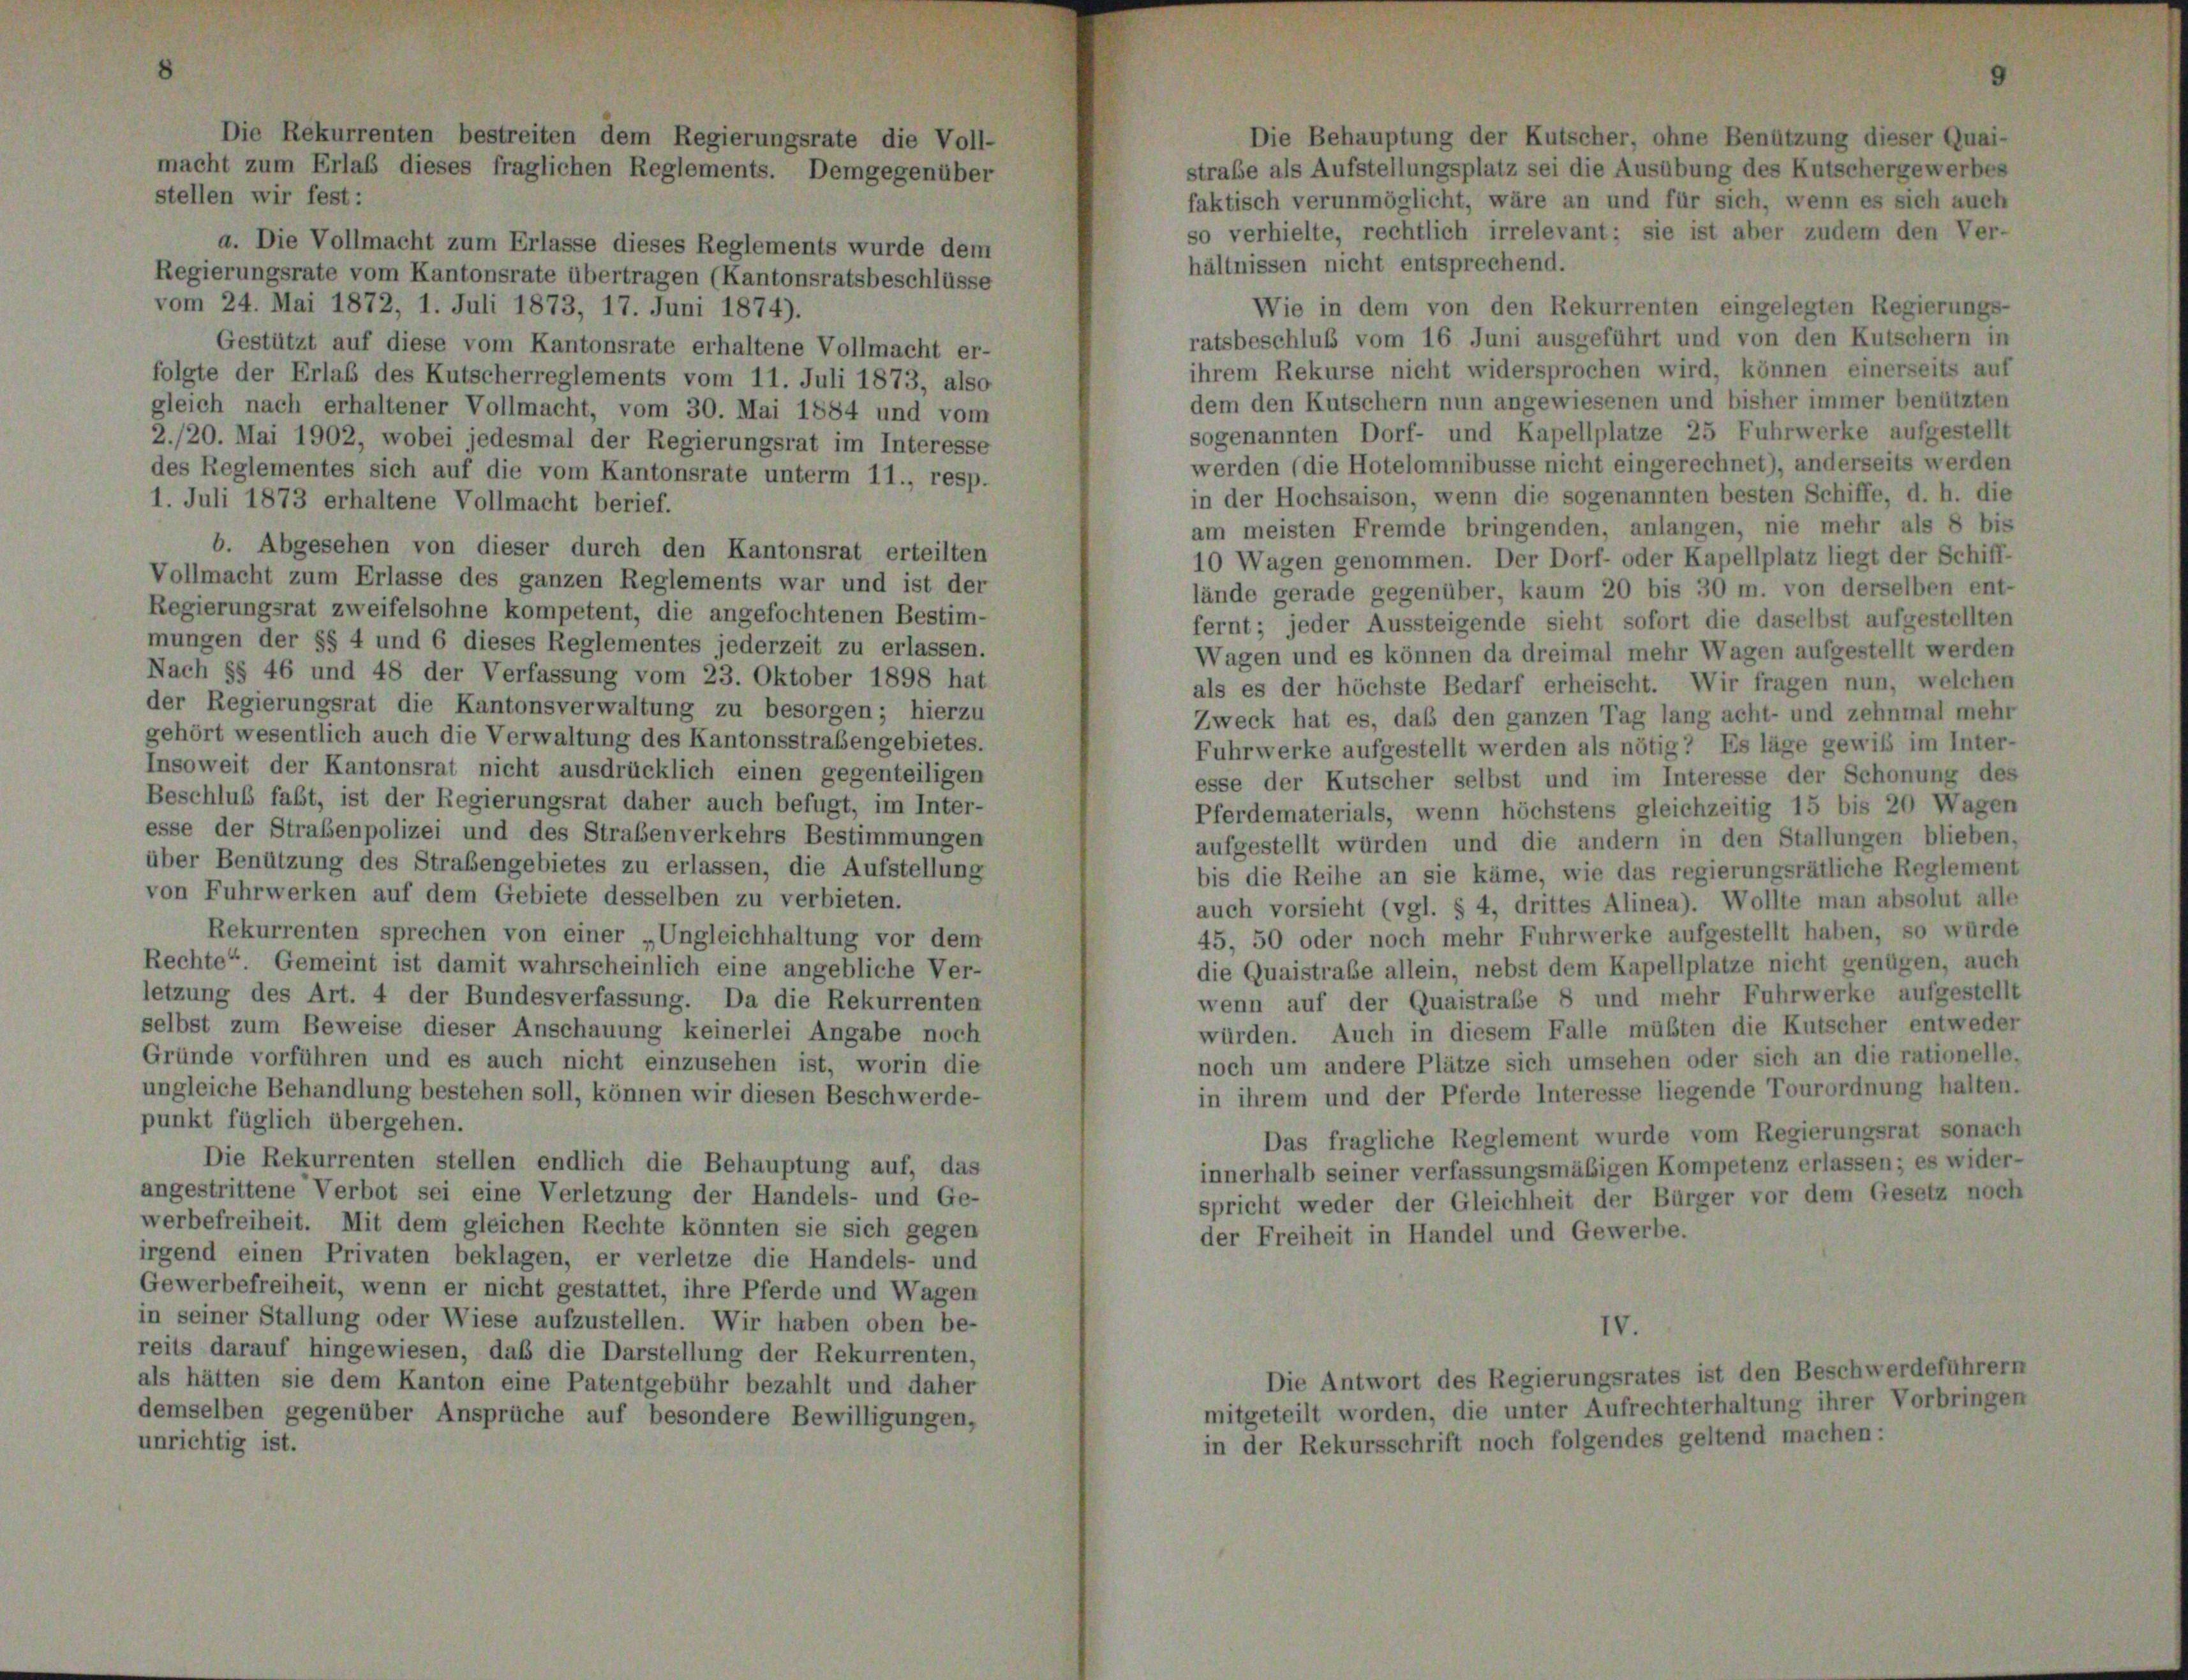
Die Behauptung der Kutscher, ohne Benützung dieser Quai-
strabe als Aufstellungsplatz sei die Ausübung des Kutschergewerbes
faktisch verunmöglicht, wäre an und für sich, wenn es sich auch
so verhielte, rechtlich irrelevant: sie ist aber zudem den Ver-
a. Die Vollmacht zum Erlasse dieses Reglements wurde dem
hältnissen nicht entsprechend.
Regierungsrate vom Kantonsrate übertragen (Kantonsratsbeschlüsse
vom 24. Mai 1872, 1. Juli 1873, 17. Juni 1874).
Wie in dem von den Rekurrenten eingelegten Regierungs-
ratsbeschluß vom 16 Juni ausgeführt und von den Kutschern in
Gestützt auf diese vom Kantonsrate erhaltene Vollmacht er-
ihrem Rekurse nicht widersprochen wird, können einerseits auf
folgte der Erlaß des Kutscherreglements vom 11. Juli 1873, also
dem den Kutschern nun angewiesenen und bisher immer benützten
gleich nach erhaltener Vollmacht, vom 30. Mai 1884 und vom
sogenannten Dorf- und Kapellplatze 25 Fuhrwerke aufgestellt
2./20. Mai 1902, wobei jedesmal der Regierungsrat im Interesse
werden (die Hotelomnibusse nicht eingerechnet), anderseits werden
des Reglementes sich auf die vom Kantonsrate unterm 11., resp.
in der Hochsaison, wenn die sogenannten besten Schiffe, d. h. die
1. Juli 1873 erhaltene Vollmacht berief.
am meisten Fremde bringenden, anlangen, nie mehr als 8 bis
b. Abgesehen von dieser durch den Kantonsrat erteilten
10 Wagen genommen. Der Dorf- oder Kapellplatz liegt der Schiff-
Vollmacht zum Erlasse des ganzen Reglements war und ist der
lände gerade gegenüber, kaum 20 bis 30 m. von derselben ent-
Regierungsrat zweifelsohne kompetent, die angefochtenen Bestim-
fernt; jeder Aussteigende sieht sofort die daselbst aufgestellten
mungen der §§ 4 und 6 dieses Reglementes jederzeit zu erlassen.
Wagen und es können da dreimal mehr Wagen aufgestellt werden
Nach §§ 46 und 48 der Verfassung vom 23. Oktober 1898 hat
als es der höchste Bedarf erheischt. Wir fragen nun, welchen
der Regierungsrat die Kantonsverwaltung zu besorgen; hierzu
Zweck hat es, daß den ganzen Tag lang acht- und zehnmal mehr
gehört wesentlich auch die Verwaltung des Kantonsstrafengebietes.
Fuhrwerke aufgestellt werden als nötig? Es läge gewiß im Inter-
Insoweit der Kantonsrat nicht ausdrücklich einen gegenteiligen
esse der Kutscher selbst und im Interesse der Schonung des
Beschluß faßt, ist der Regierungsrat daher auch befugt, im Inter-
Pferdematerials, wenn höchstens gleichzeitig 15 bis 20 Wagen
esse der Strabenpolizei und des Straßenverkehrs Bestimmungen
aufgestellt würden und die andern in den Stallungen blieben,
über Benützung des Straßengebietes zu erlassen, die Aufstellung
bis die Reihe an sie käme, wie das regierungsrätliche Reglement
von Fuhrwerken auf dem Gebiete desselben zu verbieten.
auch vorsieht (vgl. § 4, drittes Alinea). Wollte man absolut alle
Rekurrenten sprechen von einer „Ungleichhaltung vor dem
45, 50 oder noch mehr Fuhrwerke aufgestellt haben, so würde
Rechte“. Gemeint ist damit wahrscheinlich eine angebliche Ver-
die Quaistrabe allein, nebst dem Kapellplatze nicht genügen, auch
letzung des Art. 4 der Bundesverfassung. Da die Rekurrenten
wenn auf der Quaistraße 8 und mehr Fuhrwerke aufgestellt
selbst zum Beweise dieser Anschauung keinerlei Angabe noch
würden. Auch in diesem Falle müßten die Kutscher entweder
Gründe vorführen und es auch nicht einzusehen ist, worin die
noch um andere Plätze sich umsehen oder sich an die rationelle,
in ihrem und der Pferde Interesse liegende Tourordnung halten.
ungleiche Behandlung bestehen soll, können wir diesen Beschwerde-
punkt füglich übergehen.
Das fragliche Reglement wurde vom Regierungsrat sonach
Die Rekurrenten stellen endlich die Behauptung auf, das
innerhalb seiner verfassungsmäßigen Kompetenz erlassen; es wider-
angestrittene Verbot sei eine Verletzung der Handels- und Ge-
spricht weder der Gleichheit der Bürger vor dem Gesetz noch
werbefreiheit. Mit dem gleichen Rechte könnten sie sich gegen
der Freiheit in Handel und Gewerbe.
irgend einen Privaten beklagen, er verletze die Handels- und
Gewerbefreiheit, wenn er nicht gestattet, ihre Pferde und Wagen
in seiner Stallung oder Wiese aufzustellen. Wir haben oben be-
IV.
reits darauf hingewiesen, daß die Darstellung der Rekurrenten,
Die Antwort des Regierungsrates ist den Beschwerdeführern
als hätten sie dem Kanton eine Patentgebühr bezahlt und daher
mitgeteilt worden, die unter Aufrechterhaltung ihrer Vorbringen
demselben gegenüber Ansprüche auf besondere Bewilligungen,
in der Rekursschrift noch folgendes geltend machen:
unrichtig ist.

stellen wir fest:

Die Rekurrenten bestreiten dem Regierungsrate die Voll-
macht zum Erlaß dieses fraglichen Reglements. Demgegenüber